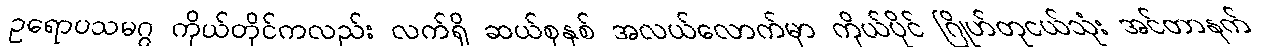
ဥရောပသမဂ္ဂ ကိုယ်တိုင်ကလည်း လက်ရှိ ဆယ်စုနှစ် အလယ်လောက်မှာ ကိုယ်ပိုင် ဂြိုဟ်တုငယ်သုံး အင်တာနက်